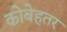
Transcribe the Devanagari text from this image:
कोबेहतर